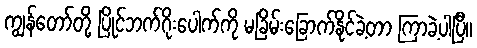
ကျွန်တော်တို့ ပြိုင်ဘက်ဂိုးပေါက်ကို မခြိမ်းခြောက်နိုင်ခဲ့တာ ကြာခဲ့ပါပြီ။